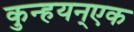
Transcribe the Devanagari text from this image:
कुन्हयन्एक